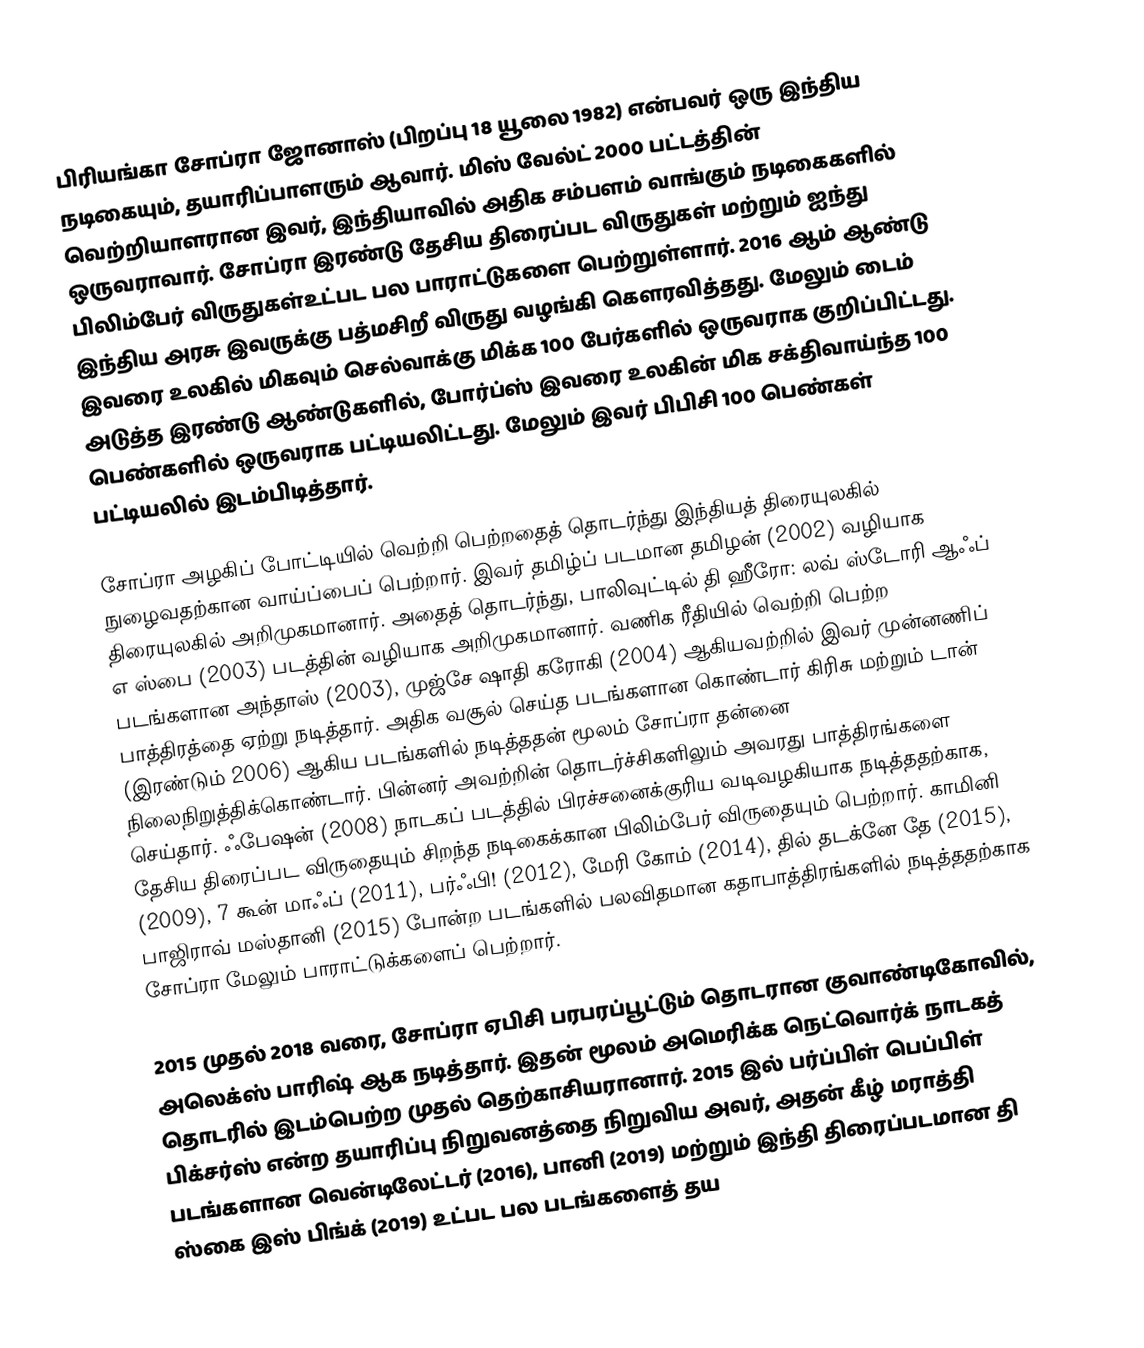
பிரியங்கா சோப்ரா ஜோனாஸ் (பிறப்பு 18 யூலை 1982) என்பவர் ஒரு இந்திய நடிகையும், தயாரிப்பாளரும் ஆவார். மிஸ் வேல்ட் 2000 பட்டத்தின் வெற்றியாளரான இவர், இந்தியாவில் அதிக சம்பளம் வாங்கும் நடிகைகளில் ஒருவராவார். சோப்ரா  இரண்டு தேசிய திரைப்பட விருதுகள் மற்றும் ஐந்து பிலிம்பேர் விருதுகள்உட்பட பல பாராட்டுகளை பெற்றுள்ளார். 2016 ஆம் ஆண்டு இந்திய அரசு இவருக்கு  பத்மசிறீ விருது வழங்கி கௌரவித்தது. மேலும் டைம் இவரை  உலகில் மிகவும் செல்வாக்கு மிக்க 100 பேர்களில் ஒருவராக குறிப்பிட்டது. அடுத்த இரண்டு ஆண்டுகளில், போர்ப்ஸ் இவரை உலகின் மிக சக்திவாய்ந்த 100 பெண்களில் ஒருவராக பட்டியலிட்டது. மேலும் இவர் பிபிசி 100 பெண்கள் பட்டியலில் இடம்பிடித்தார்.

சோப்ரா அழகிப் போட்டியில் வெற்றி பெற்றதைத் தொடர்ந்து இந்தியத் திரையுலகில் நுழைவதற்கான வாய்ப்பைப் பெற்றார். இவர் தமிழ்ப் படமான தமிழன் (2002) வழியாக திரையுலகில் அறிமுகமானார். அதைத் தொடர்ந்து, பாலிவுட்டில்  தி ஹீரோ: லவ் ஸ்டோரி ஆஃப் எ ஸ்பை (2003) படத்தின் வழியாக அறிமுகமானார். வணிக ரீதியில் வெற்றி பெற்ற படங்களான அந்தாஸ் (2003), முஜ்சே ஷாதி கரோகி (2004) ஆகியவற்றில் இவர் முன்னணிப் பாத்திரத்தை ஏற்று நடித்தார். அதிக வசூல் செய்த படங்களான  கொண்டார் கிரிசு மற்றும் டான் (இரண்டும் 2006) ஆகிய படங்களில் நடித்ததன் மூலம் சோப்ரா தன்னை நிலைநிறுத்திக்கொண்டார். பின்னர் அவற்றின் தொடர்ச்சிகளிலும் அவரது பாத்திரங்களை செய்தார். ஃபேஷன் (2008) நாடகப் படத்தில் பிரச்சனைக்குரிய வடிவழகியாக நடித்ததற்காக,  தேசிய திரைப்பட விருதையும்  சிறந்த நடிகைக்கான பிலிம்பேர் விருதையும் பெற்றார்.   காமினி (2009), 7 கூன் மாஃப் (2011), பர்ஃபி! (2012), மேரி கோம் (2014), தில் தடக்னே தே (2015), பாஜிராவ் மஸ்தானி (2015) போன்ற படங்களில் பலவிதமான கதாபாத்திரங்களில் நடித்ததற்காக  சோப்ரா மேலும் பாராட்டுக்களைப் பெற்றார்.

2015 முதல் 2018 வரை, சோப்ரா  ஏபிசி பரபரப்பூட்டும் தொடரான குவாண்டிகோவில், அலெக்ஸ் பாரிஷ் ஆக நடித்தார். இதன் மூலம் அமெரிக்க நெட்வொர்க் நாடகத் தொடரில் இடம்பெற்ற முதல் தெற்காசியரானார். 2015 இல் பர்ப்பிள் பெப்பிள் பிக்சர்ஸ் என்ற தயாரிப்பு நிறுவனத்தை நிறுவிய அவர், அதன் கீழ் மராத்தி படங்களான வென்டிலேட்டர் (2016), பானி (2019) மற்றும்  இந்தி  திரைப்படமான தி ஸ்கை இஸ் பிங்க் (2019) உட்பட பல படங்களைத் தய